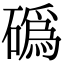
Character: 䃣